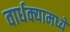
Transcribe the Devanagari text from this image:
वार्धक्यामध्ये